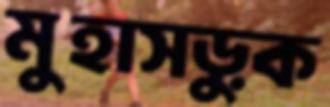
মুহাসড়ুক